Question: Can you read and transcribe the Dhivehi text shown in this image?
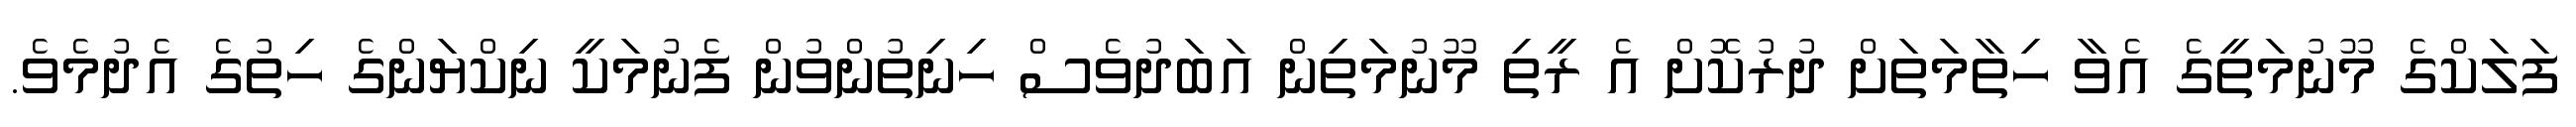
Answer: ފަލަކްގެ މޫނުމަތީގެ އެވާ ހިތާމަތަށް ދުރުކޮށް އެ ރީތި މޫނުމަތިން އަބަދުވެސް ހިނިތުންވުން ފެނުމަކީ ނިކްޔަންގެ ހިތުގެ އެދުމެވެ.